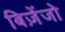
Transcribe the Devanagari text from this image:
बिज़ेंजो